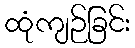
ထုံကျဉ်ခြင်း